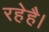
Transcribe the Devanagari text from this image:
रहेहै।